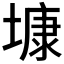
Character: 𡐓